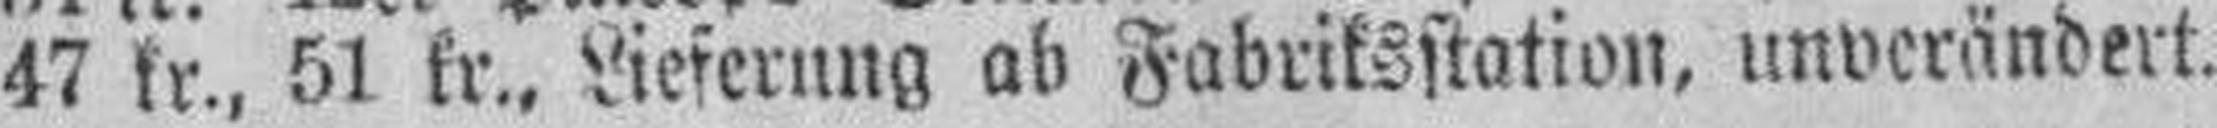
47 kr., 51 kr., Lieferung ab Fabriksstation, unverändert.